Scottish Leaving Certificate Examination, 1957
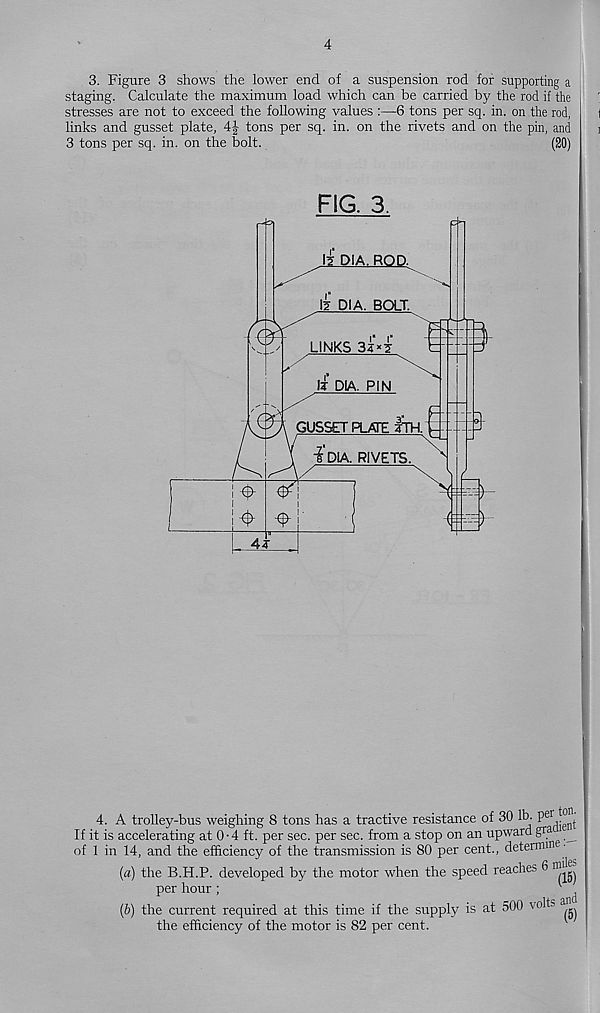
4
3. Figure 3 shows the lower end of a suspension rod for supporting a
staging. Calculate the maximum load which can be carried by the rod if the
stresses are not to exceed the following values :—6 tons per sq. in. on the rod,
links and gusset plate, 4| tons per sq. in. on the rivets and on the pin, and
3 tons per sq. in. on the bolt.
(20)
FIG. 3.
4. A trolley-bus weighing 8 tons has a tractive resistance of 30 lb- P e \j en) .
If it is accelerating at 0-4 ft. per sec. per sec. from a stop on an upward g ra __
of 1 in 14, and the efficiency of the transmission is 80 per cent., determm •
(a) the B.H.P. developed by the motor when the speed reaches 6 niU^
per hour ;
' ^
(b) the current required at this time if the supply is at 500 velh a
the efficiency of the motor is 82 per cent.